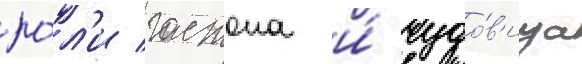
ро́л'и гастона и́ чудо́в'ища